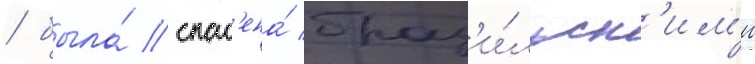
/ была́ спас'ена́ браз'и́льск'им'и